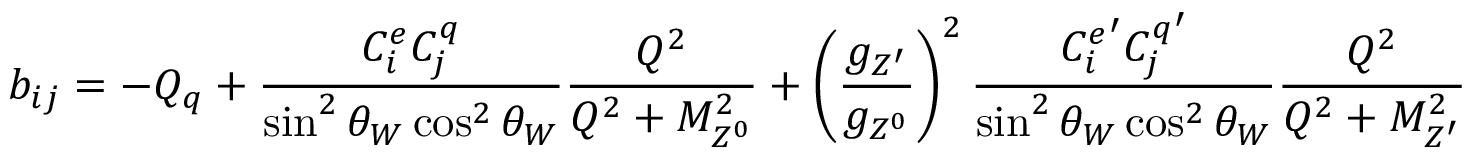
b _ { i j } = - Q _ { q } + { \frac { C _ { i } ^ { e } C _ { j } ^ { q } } { \sin ^ { 2 } \theta _ { W } \cos ^ { 2 } \theta _ { W } } } { \frac { Q ^ { 2 } } { Q ^ { 2 } + M _ { Z ^ { 0 } } ^ { 2 } } } + \left( { \frac { g _ { Z ^ { \prime } } } { g _ { Z ^ { 0 } } } } \right) ^ { 2 } { \frac { { C _ { i } ^ { e } } ^ { \prime } { C _ { j } ^ { q } } ^ { \prime } } { \sin ^ { 2 } \theta _ { W } \cos ^ { 2 } \theta _ { W } } } { \frac { Q ^ { 2 } } { Q ^ { 2 } + M _ { Z ^ { \prime } } ^ { 2 } } }